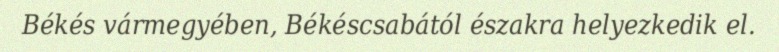
Békés vármegyében, Békéscsabától északra helyezkedik el.